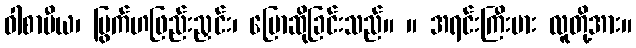
ဝါစာပီယ၊ မြွက်ဟဖြည်းညှင်း၊ ပြောဆိုခြင်းသည်။ ။ အရင်းကြီးမား လူတို့အား။